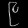
Digit: ၉